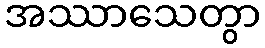
အဿာသေတွာ